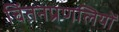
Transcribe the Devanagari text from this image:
चिंतनप्रणलियों